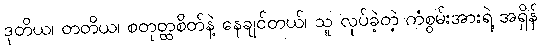
ဒုတိယ၊ တတိယ၊ စတုတ္ထစိတ်နဲ့ နေချင်တယ်၊ သူ လုပ်ခဲ့တဲ့ ကံစွမ်းအားရဲ့ အရှိန်